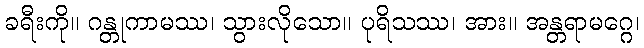
ခရီးကို။ ဂန္တုကာမဿ၊ သွားလိုသော။ ပုရိသဿ၊ အား။ အန္တရာမဂ္ဂေ၊